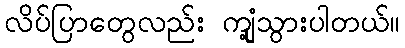
လိပ်ပြာတွေလည်း ကျုံ့သွားပါတယ်။